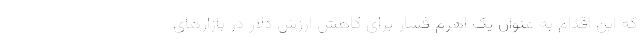
که این اقدام به عنوان یک اهرم فشار برای کاهش ارزش دلار در بازارهای